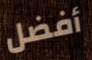
أفضل